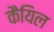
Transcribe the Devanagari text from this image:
कैयिल